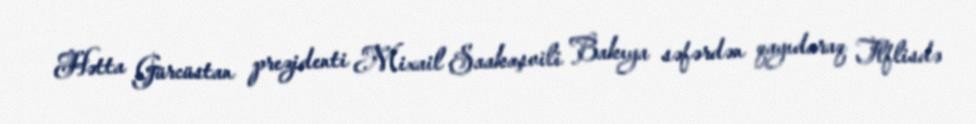
Hətta Gürcüstan prezidenti Mixail Saakaşvili Bakıya səfərdən qayıdaraq Tlflisdə